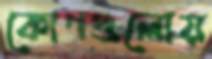
কোণগুলোয়